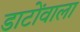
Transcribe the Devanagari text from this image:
डाटोंवाला